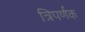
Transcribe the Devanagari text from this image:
त्रिपर्णक